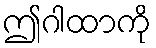
ဤဂါထာကို